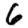
Digit: 6